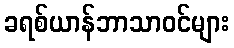
ခရစ်ယာန်ဘာသာဝင်များ